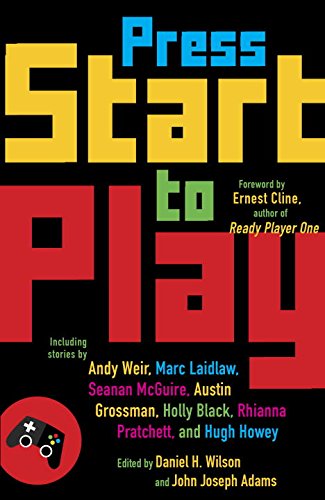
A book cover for Press Start to Play (A Vintage original); Daniel H. Wilson; Science Fiction & Fantasy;